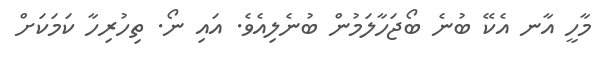
މާހީ އާނ އެކޭ ބުނެ ބޯޖަހާލަމުން ބުނެލިއެވެ. އައި ނޯ. ތިހުރިހާ ކަމަކަށް